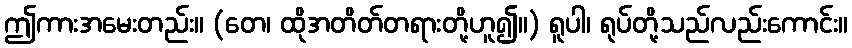
ဤကားအမေးတည်း။ (တေ၊ ထိုအတိတ်တရားတို့ဟူ၍။) ရူပါ၊ ရုပ်တို့သည်လည်းကောင်း။